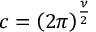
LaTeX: c = { \left( 2 \pi \right) } ^ { \frac { \nu } { 2 } }